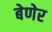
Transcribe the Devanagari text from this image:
बेणेर